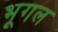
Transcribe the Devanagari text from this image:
भूगल